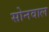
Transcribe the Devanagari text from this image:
सोनवाल